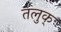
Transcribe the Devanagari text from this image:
तलुक्